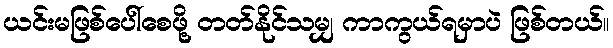
ယင်းမဖြစ်ပေါ်စေဖို့ တတ်နိုင်သမျှ ကာကွယ်ရမှာပဲ ဖြစ်တယ်။